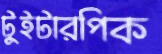
টুইটারপিক